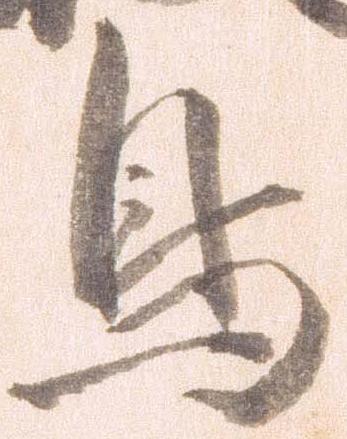
鳥